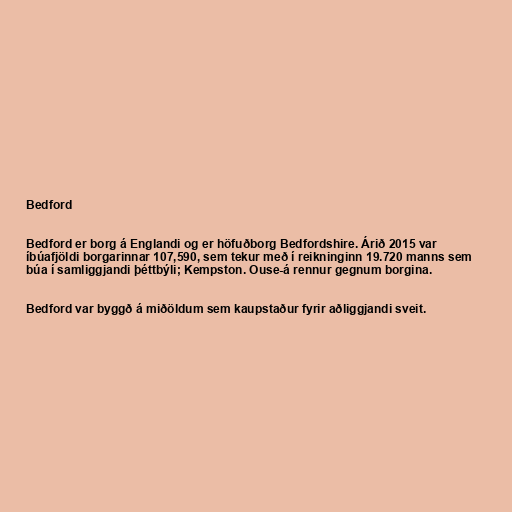
Bedford

Bedford er borg á Englandi og er höfuðborg Bedfordshire. Árið 2015 var
íbúafjöldi borgarinnar 107,590, sem tekur með í reikninginn 19.720 manns sem
búa í samliggjandi þéttbýli; Kempston. Ouse-á rennur gegnum borgina.

Bedford var byggð á miðöldum sem kaupstaður fyrir aðliggjandi sveit.